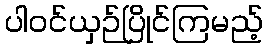
ပါဝင်ယှဉ်ပြိုင်ကြမည့်